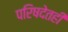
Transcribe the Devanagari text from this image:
परिषदेतही